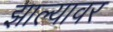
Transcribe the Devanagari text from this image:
झाल्‍यावर